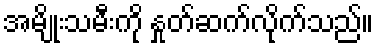
အမျိုးသမီးကို နှုတ်ဆက်လိုက်သည်။